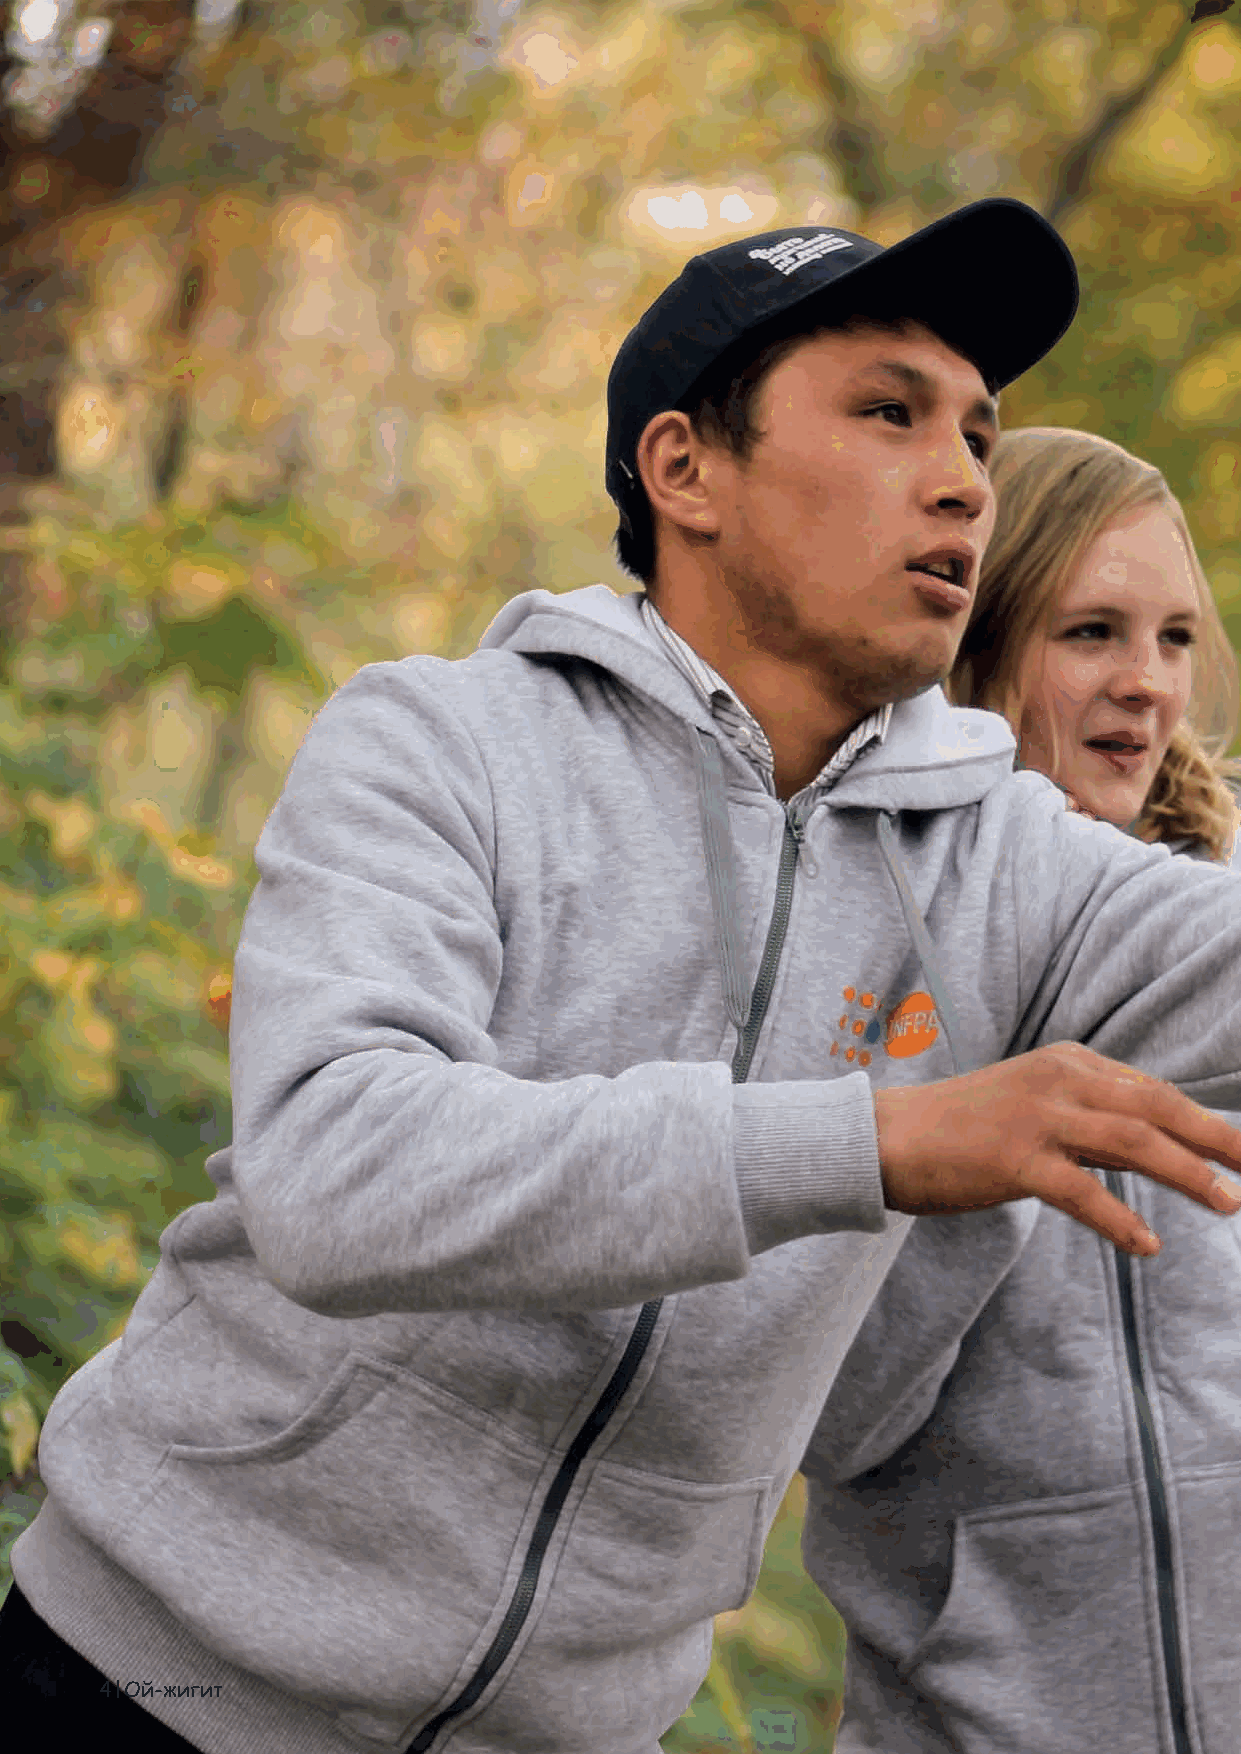
Подростковые и юношеские годы – достаточно сложная фаза
 в жизни каждого. Мы прекращаем быть детьми и становимся
 взрослыми, хотя и не знаем точно, что это означает. Множество
 сильных эмоций возникает в результате различных напряжен-
 ных состояний в нашей жизни и наших поисков ответов.
 Наш журнал дает возможность выявить некоторые из причин
 такой неопределенности и неуверенности, приглашая посмо-
 треть на самих себя со стороны и определить свои сильные сто-
 роны и уникальные черты.
 Он также поможет нам поразмышлять о различных событиях,
 людях, отношениях, социальной активности, и станет полез-
 ным источником в построении добрых и дружеских отношений
 с ровесниками, как девочками, так и мальчиками.
 4 Ой-жигит                                                                                                                                    Ой-жигит 5